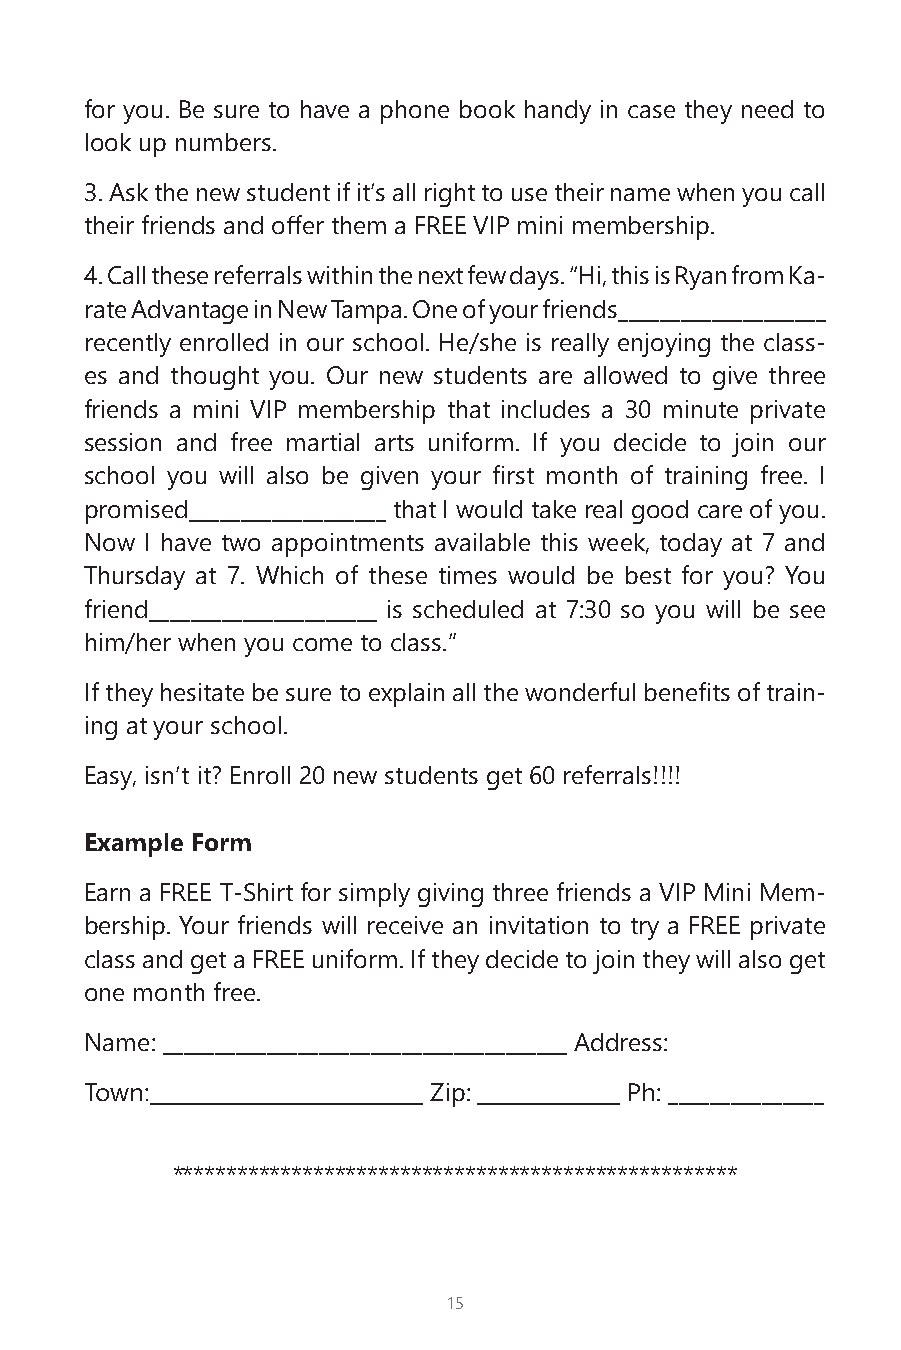
for you. Be sure to have a phone book handy in case they need to
 look up numbers.
 3. Ask the new student if it’s all right to use their name when you call
 their friends and offer them a FREE VIP mini membership.
 4. Call these referrals within the next few days. “Hi, this is Ryan from Ka-
 rate Advantage in New Tampa. One of your friends____________________
 recently enrolled in our school. He/she is really enjoying the class-
 es and thought you. Our new students are allowed to give three
 friends a mini VIP membership that includes a 30 minute private
 session and free martial arts uniform. If you decide to join our
 school you will also be given your first month of training free. I
 promised___________________ that I would take real good care of you.
 Now I have two appointments available this week, today at 7 and
 Thursday at 7. Which of these times would be best for you? You
 friend______________________ is scheduled at 7:30 so you will be see
 him/her when you come to class.”
 If they hesitate be sure to explain all the wonderful benefits of train-
 ing at your school.
 Easy, isn’t it? Enroll 20 new students get 60 referrals!!!!
 Example Form
 Earn a FREE T-Shirt for simply giving three friends a VIP Mini Mem-
 bership. Your friends will receive an invitation to try a FREE private
 class and get a FREE uniform. If they decide to join they will also get
 one month free.
 Name: _______________________________________ Address:
 Town:_________________________ Zip: _____________ Ph: _______________
 ****************************************************
 15